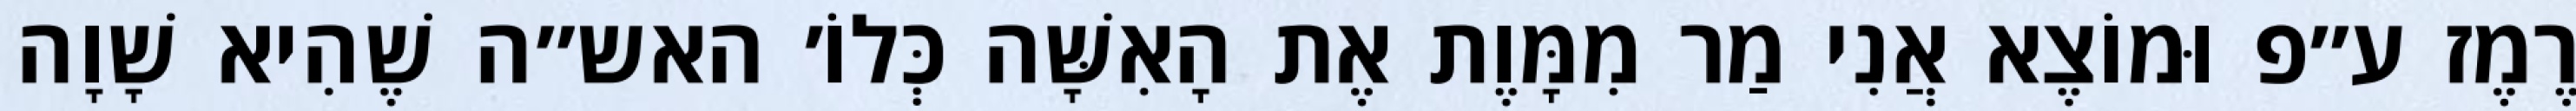
רֶמֶז ע״פ וּמוֹצֶא אֲנִי מַר מִמָּוֶת אֶת הָאִשָּׁה כְּלוֹ׳ האש״ה שֶׁהִיא שָׁוָה